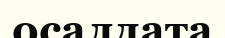
осалдата